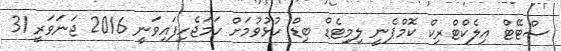
ސްޓޭޓް އިލެކްޓްރިކް ކޮމްޕެނީ ލިމިޓެޑް ބިޑް ހުޅުވުމަށް ހަމަޖެހިފައިވަނީ 2016 ޖަނަވަރީ 31